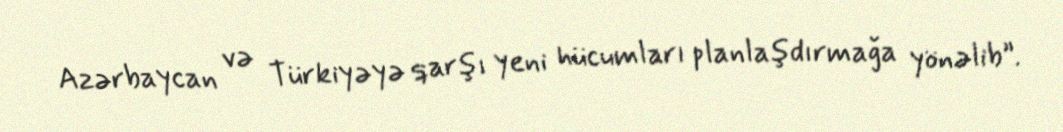
Azərbaycan və Türkiyəyə qarşı yeni hücumları planlaşdırmağa yönəlib”.